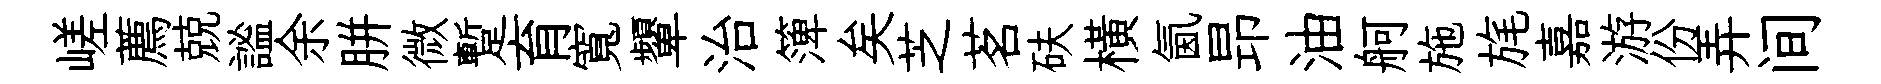
嵯薦兢謐余胼微蹔育寬顰治𥱼矣芝茗砆横氤昻油舸施旄嘉游份弄间